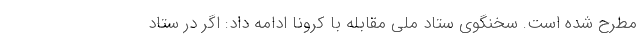
مطرح شده است. سخنگوی ستاد ملی مقابله با کرونا ادامه داد: اگر در ستاد